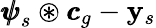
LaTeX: {\pmb{\psi}}_{s}\circledast{\pmb{c}}_{g}-\mathbf y_{s}